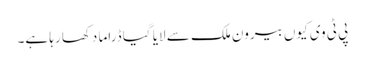
پی ٹی وی کیوں بیرون ملک سے لایا گیا ڈراما دکھا رہا ہے۔